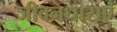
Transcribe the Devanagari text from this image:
जीवनधाराएं